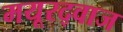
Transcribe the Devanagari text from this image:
मयूरद्वाज